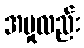
အမှုလည်း